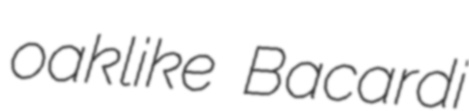
oaklike Bacardi